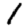
Digit: 1